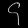
Digit: ၄